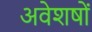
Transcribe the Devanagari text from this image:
अवेशषों